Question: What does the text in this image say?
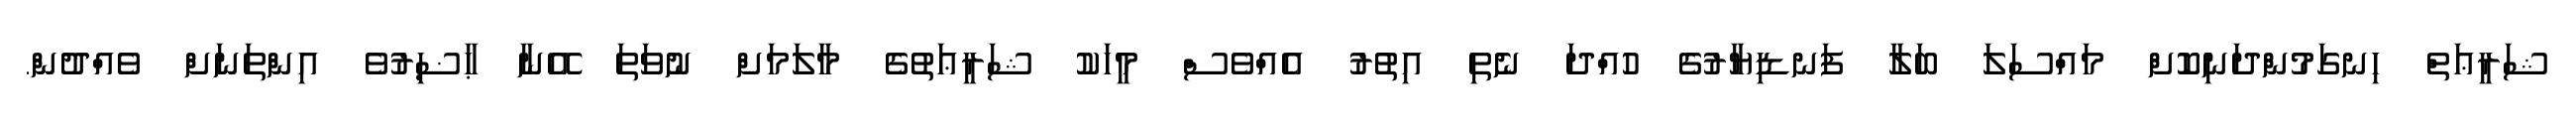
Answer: ޝަރީޢަތް ހިނގަމުންދަނިކޮށް މައްސަލަ ބަލާ ފަނޑިޔާރުގެ ހުއްދަ ނެތި އިތުރު އެއްވެސް މީހަކު ޝަރީޢަތުގެ މާލަމަށް ނުވަތަ އޭނާ ޙާޟިރުވެ އިންތަނަށް ވެއްދުން.